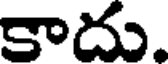
కాదు.